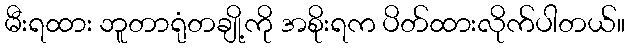
မီးရထား ဘူတာရုံတချို့ကို အစိုးရက ပိတ်ထားလိုက်ပါတယ်။